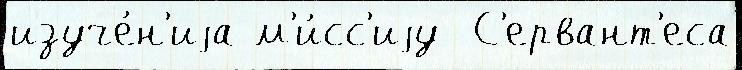
изуче́н'иjа м'и́сс'иjу  С'ервант'еса